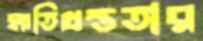
ক্ষতিগ্রস্ততার